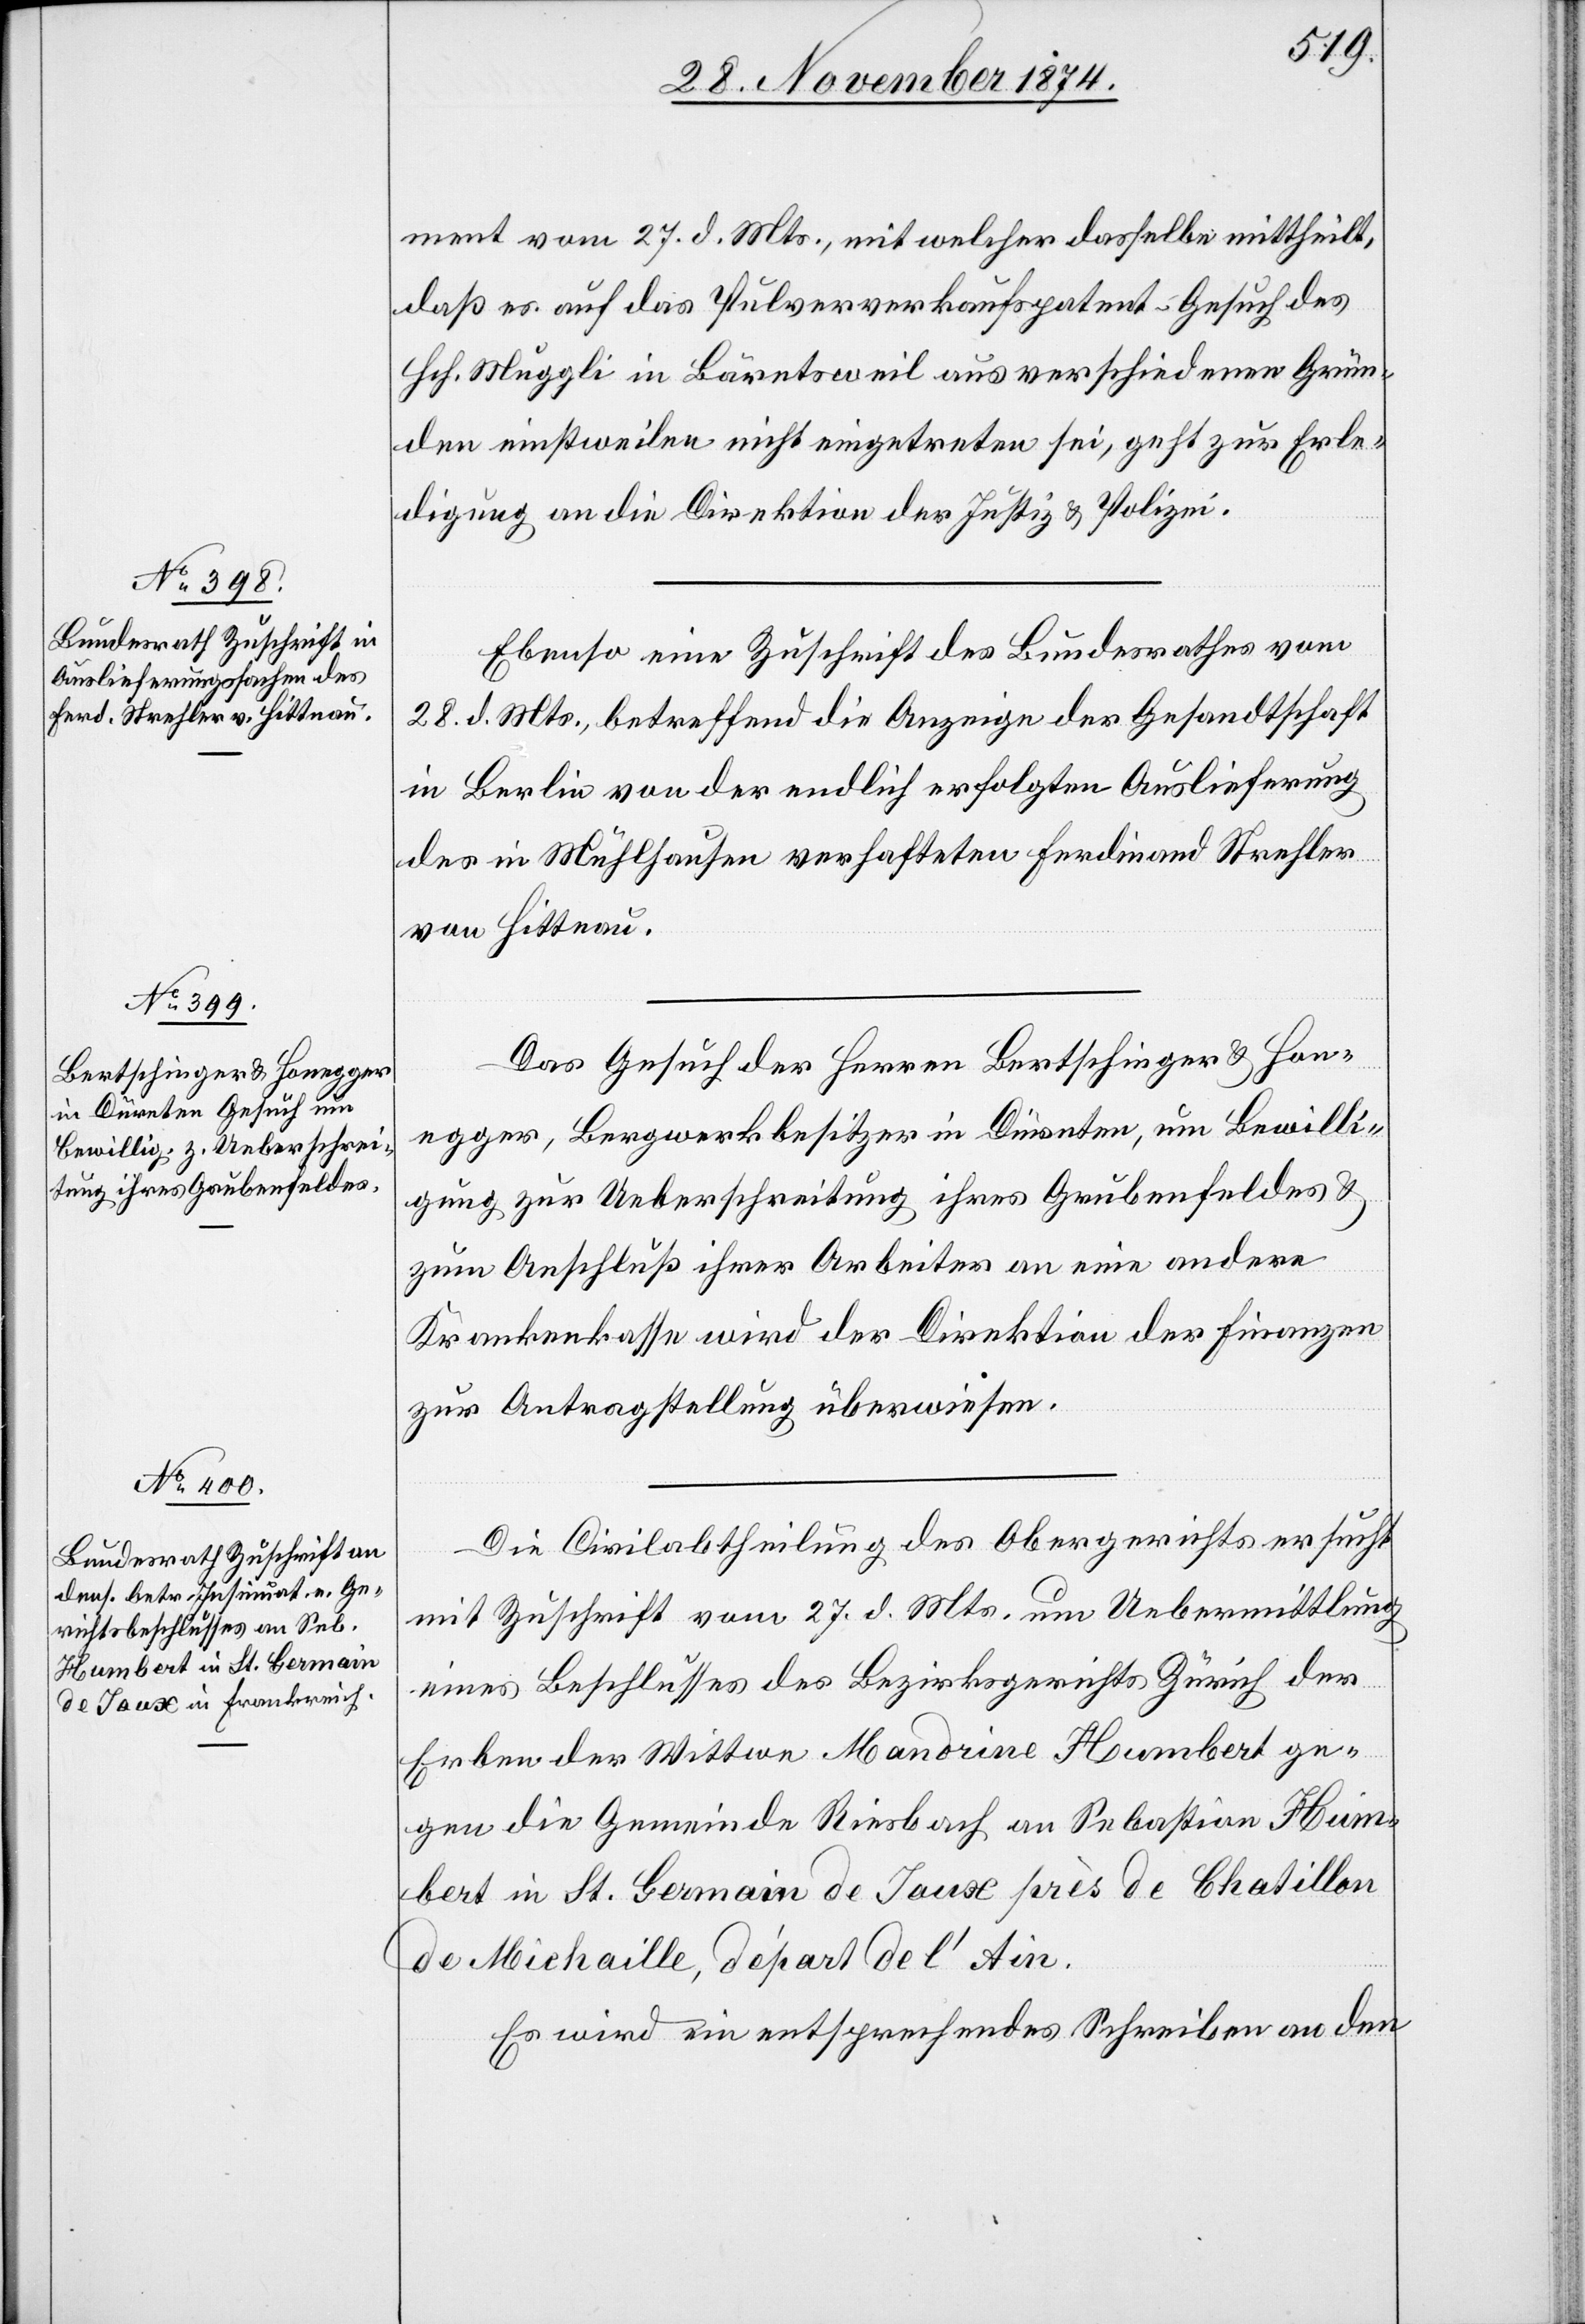
30. November 1874.]
ment[s] vom 27. d. Mts., mit welcher dasselbe mittheilt,
daß es auf das Pulververkaufspatent-Gesuch des
Hch. Muggli in Bäretsweil aus verschiedenen Grün¬
den einstweilen nicht eingetreten sei, geht zur Erle¬
digung an die Direktion der Justiz & Polizei.
Ebenso eine Zuschrift des Bundesrathes vom
28. d. Mts., betreffen die Anzeige der Gesandtschaft
in Berlin von der endlich erfolgten Auslieferung
des in Mühlhausen verhafteten Ferdinand Strehler
von Hittnau.
Das Gesuch der Herren Bertschinger & Hon¬
egger, Bergwerkbesitzer in Dürnten, um Bewilli¬
gung zur Ueberschreitung ihres Grubenfeldes &
zum Anschluß ihrer Arbeiten an eine andere
Krankenkasse wird der Direktion der Finanzen
zur Antragstellung überwiesen.
Die Civilabtheilung des Obergerichts ersucht
mit Zuschrift vom 27. d. Mts. um Uebermittlung
eines Beschlusses des Bezirksgerichts Zürich der
Erben der Wittwe Mandrine Humbert ge¬
gen die Gemeinde Riesbach an Sebastian Hum¬
bert in St. Germain de Jaux près de Chatillon
de Michaille, départ de l’Ain.
Es wird ein entsprechendes Schreiben an den